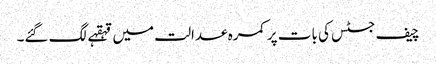
چیف جسٹس کی بات پر کمرہ عدالت میں قہقہے لگ گئے۔